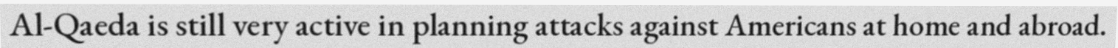
Al-Qaeda is still very active in planning attacks against Americans at home and abroad.